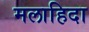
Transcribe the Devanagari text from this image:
मलाहिदा